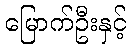
မြောက်ဦးနှင့်